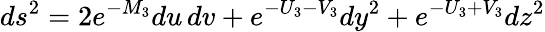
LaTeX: ds^{2}=2e^{-M_{3}}du\, dv+e^{-U_{3}-V_{3}}dy^{2}+e^{-U_{3}+V_{3}}dz^{2}